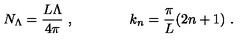
N _ { \Lambda } = \frac { L \Lambda } { 4 \pi } \ , \qquad \qquad k _ { n } = \frac { \pi } { L } ( 2 n + 1 ) \ .